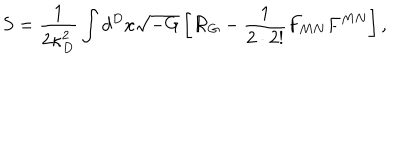
S = { \frac { 1 } { 2 \kappa _ { D } ^ { 2 } } } \int d ^ { D } x \sqrt { - G } \left[ { \cal R } _ { G } - { \frac { 1 } { 2 \cdot 2 ! } } F _ { M N } F ^ { M N } \right] ,